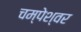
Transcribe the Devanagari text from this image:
चम्पेश्वर